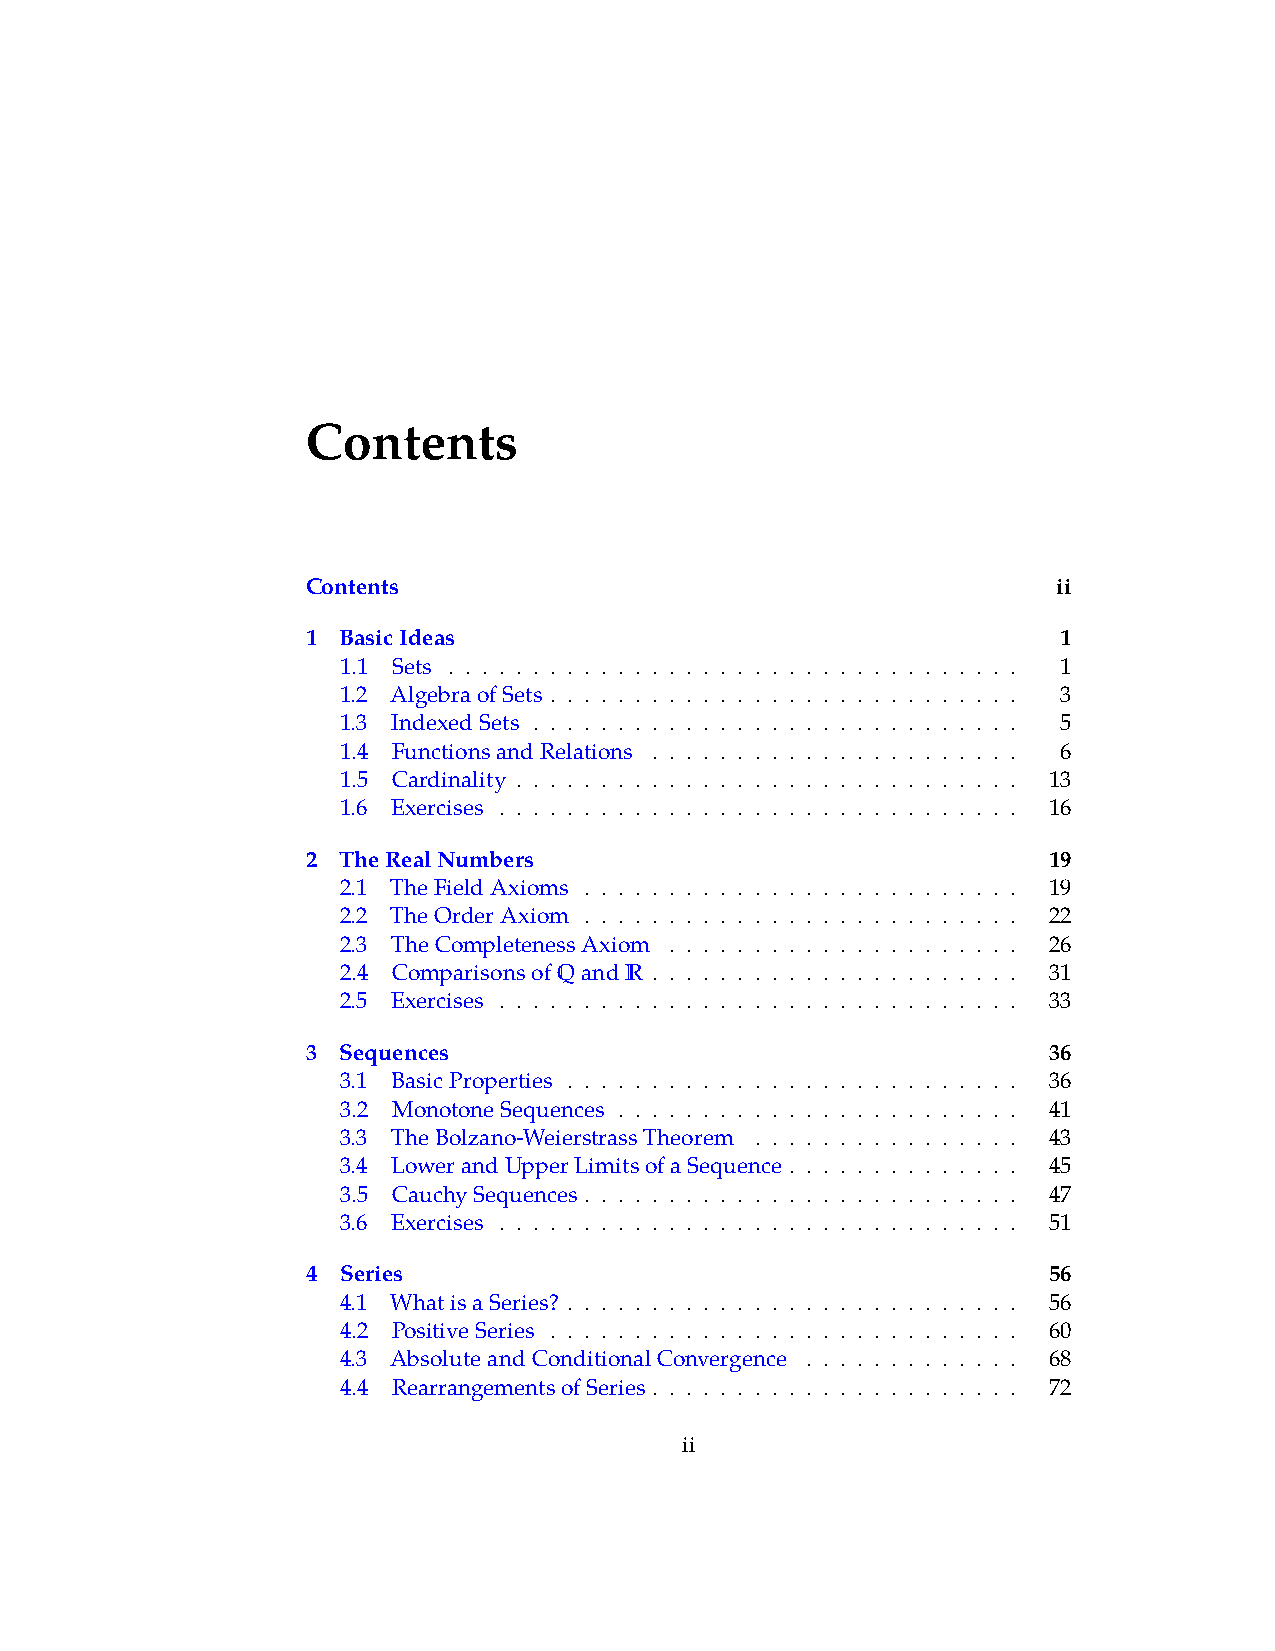
Contents
 Contents                                          ii
 1 BasicIdeas                                      1
 1.1 Sets . . . . . . . . . . . . . . . . . . . . . . . . . . . . . . . . . . 1
 1.2 AlgebraofSets . . . . . . . . . . . . . . . . . . . . . . . . . . . . 3
 1.3 IndexedSets . . . . . . . . . . . . . . . . . . . . . . . . . . . . . 5
 1.4 FunctionsandRelations . . . . . . . . . . . . . . . . . . . . . . 6
 1.5 Cardinality . . . . . . . . . . . . . . . . . . . . . . . . . . . . . . 13
 1.6 Exercises . . . . . . . . . . . . . . . . . . . . . . . . . . . . . . . 16
 2 TheRealNumbers                                 19
 2.1 TheFieldAxioms . . . . . . . . . . . . . . . . . . . . . . . . . . 19
 2.2 TheOrderAxiom . . . . . . . . . . . . . . . . . . . . . . . . . . 22
 2.3 TheCompletenessAxiom . . . . . . . . . . . . . . . . . . . . . 26
 2.4 ComparisonsofQandR . . . . . . . . . . . . . . . . . . . . . . 31
 2.5 Exercises . . . . . . . . . . . . . . . . . . . . . . . . . . . . . . . 33
 3 Sequences                                      36
 3.1 BasicProperties . . . . . . . . . . . . . . . . . . . . . . . . . . . 36
 3.2 MonotoneSequences . . . . . . . . . . . . . . . . . . . . . . . . 41
 3.3 TheBolzano-WeierstrassTheorem . . . . . . . . . . . . . . . . 43
 3.4 LowerandUpperLimitsofaSequence . . . . . . . . . . . . . . 45
 3.5 CauchySequences. . . . . . . . . . . . . . . . . . . . . . . . . . 47
 3.6 Exercises . . . . . . . . . . . . . . . . . . . . . . . . . . . . . . . 51
 4 Series                                         56
 4.1 WhatisaSeries? . . . . . . . . . . . . . . . . . . . . . . . . . . . 56
 4.2 PositiveSeries . . . . . . . . . . . . . . . . . . . . . . . . . . . . 60
 4.3 AbsoluteandConditionalConvergence . . . . . . . . . . . . . 68
 4.4 RearrangementsofSeries . . . . . . . . . . . . . . . . . . . . . . 72
 ii